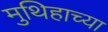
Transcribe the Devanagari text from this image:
मुथिहाच्या